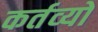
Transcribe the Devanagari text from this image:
कर्तव्‍यों